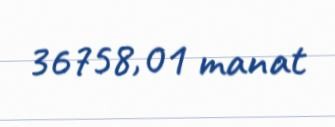
36758,01 manat